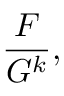
{ \frac { F } { G ^ { k } } } ,